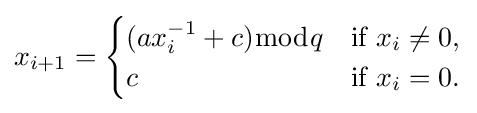
x_{i+1}={\begin{cases}(ax_{i}^{-1}+c){\bmod {q}}&{\text{if }}x_{i}\neq 0,\\c&{\text{if }}x_{i}=0.\end{cases}}